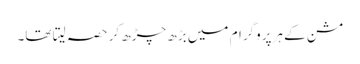
مشن کے ہرپروگرام میں بڑھ چڑھ کر حصہ لیتا تھا۔